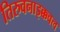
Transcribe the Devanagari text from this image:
तिरुवनाइक्कवल